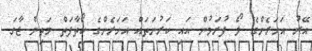
އޭރު އަހަރެންގެ ލޯ ފުރަމުން އައި ކަރުނަތައް އަހަރެންގެ ކޯތާފަތް މަތިން ޖާގަ